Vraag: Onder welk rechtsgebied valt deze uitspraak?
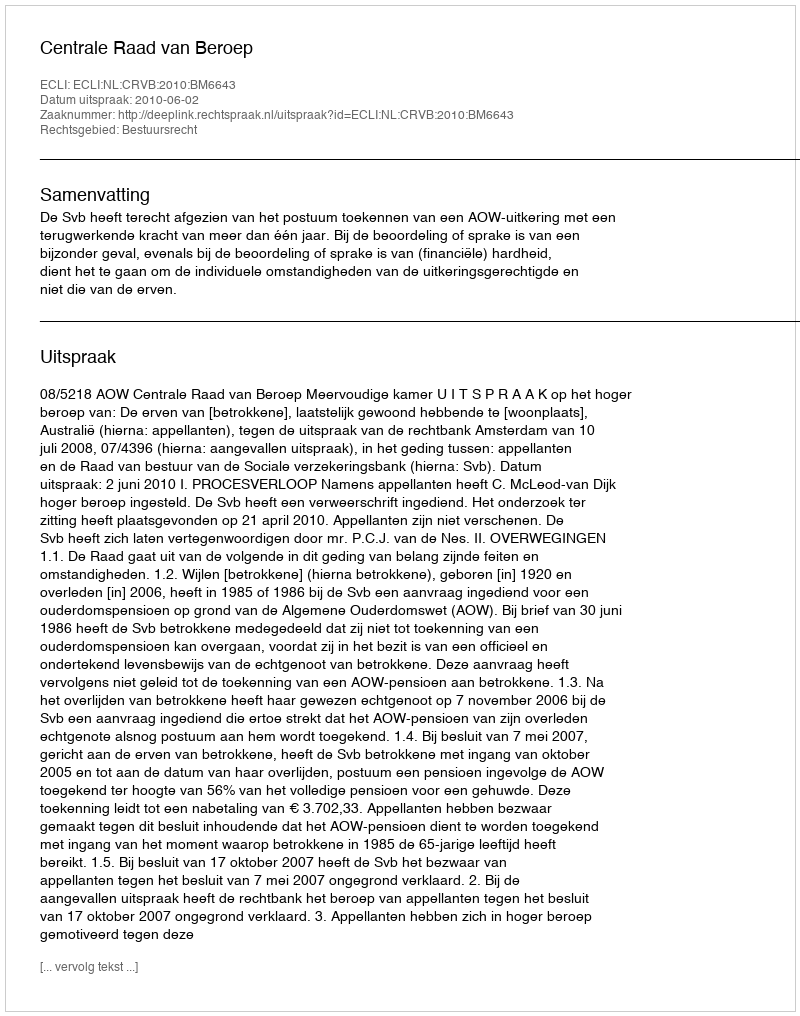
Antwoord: Bestuursrecht